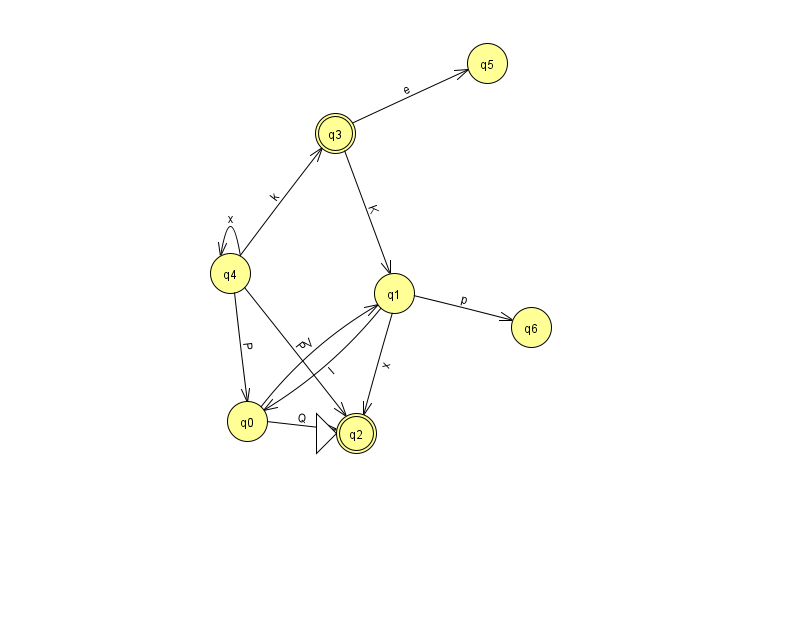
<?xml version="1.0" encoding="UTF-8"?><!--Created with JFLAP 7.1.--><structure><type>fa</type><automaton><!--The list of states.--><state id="0" name="q0"><x>247.0</x><y>408.0</y></state><state id="1" name="q1"><x>394.0</x><y>280.0</y></state><state id="2" name="q2"><x>356.0</x><y>420.0</y><initial/><final/></state><state id="3" name="q3"><x>335.0</x><y>120.0</y><final/></state><state id="4" name="q4"><x>230.0</x><y>260.0</y></state><state id="5" name="q5"><x>487.0</x><y>50.0</y></state><state id="6" name="q6"><x>531.0</x><y>314.0</y></state><!--The list of transitions.--><transition><from>4</from><to>2</to><read>P</read></transition><transition><from>0</from><to>1</to><read>V</read></transition><transition><from>4</from><to>3</to><read>k</read></transition><transition><from>1</from><to>6</to><read>p</read></transition><transition><from>1</from><to>2</to><read>x</read></transition><transition><from>3</from><to>5</to><read>e</read></transition><transition><from>0</from><to>2</to><read>Q</read></transition><transition><from>4</from><to>4</to><read>x</read></transition><transition><from>4</from><to>0</to><read>P</read></transition><transition><from>3</from><to>1</to><read>K</read></transition><transition><from>1</from><to>0</to><read>I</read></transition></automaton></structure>